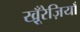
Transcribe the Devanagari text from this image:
खू़ँरेज़ियाँ